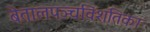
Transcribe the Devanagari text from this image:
बेतालपञ्चविंशतिका